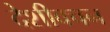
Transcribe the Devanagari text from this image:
देशीवचन